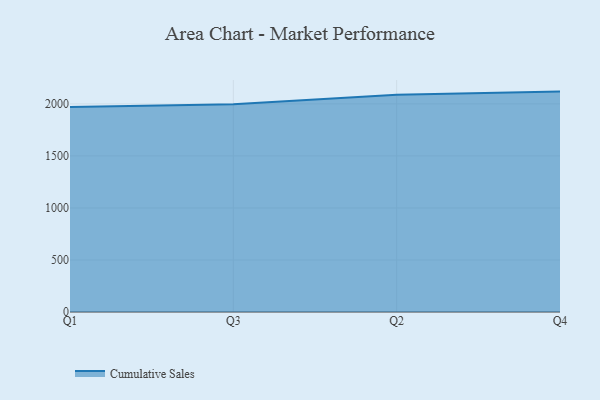
{"axis": {"x": "Quarter", "y": "Conversion Rate (%)"}, "legend": ["Cumulative Sales"], "data": [{"x": "Q1", "y": 1969.0, "type": "Cumulative Sales"}, {"x": "Q3", "y": 1997.2, "type": "Cumulative Sales"}, {"x": "Q2", "y": 2088.9, "type": "Cumulative Sales"}, {"x": "Q4", "y": 2118.2, "type": "Cumulative Sales"}]}